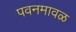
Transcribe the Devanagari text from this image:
पवनमावळ